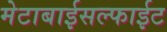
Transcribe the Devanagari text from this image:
मेटाबाईसल्फाईट